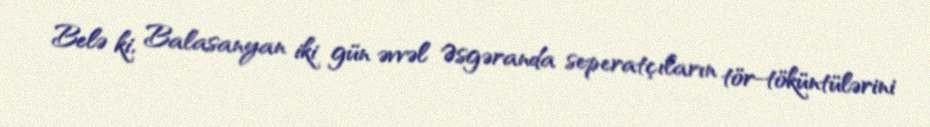
Belə ki, Balasanyan iki gün əvvəl Əsgəranda seperatçıların tör-töküntülərini